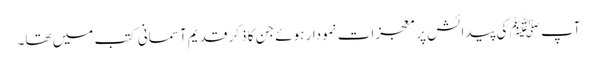
آپ ﷺ کی پیدائش پر معجزات نمودار ہوئے جن کا ذکر قدیم آسمانی کتب میں تھا۔